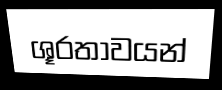
ශූරතාවයන්